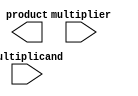
module dadda_multiplier(
  input [7:0] multiplicand,
  input [7:0] multiplier,
  output reg [15:0] product
);

// Partial Product Generation Block
reg [15:0] partial_products [7:0];
genvar i, j;
generate
for (i = 0; i < 8; i = i + 1) begin
  for (j = 0; j < 8; j = j + 1) begin
    assign partial_products[i+j] = multiplicand[i] & multiplier[j];
  end
end
endgenerate

// Partial Product Reduction Block (Dadda Tree Reduction)
reg [15:0] level1 [3:0];
reg [15:0] level2 [1:0];
reg [15:0] level3;
reg [15:0] level4;

// Level 1 reduction
assign level1[0][0] = partial_products[0] + partial_products[1];
assign level1[0][1] = partial_products[2] + partial_products[3];
assign level1[0][2] = partial_products[4] + partial_products[5];
assign level1[0][3] = partial_products[6] + partial_products[7];

// Level 2 reduction
assign level2[0] = level1[0][0] + level1[0][1];
assign level2[1] = level1[0][2] + level1[0][3];

// Level 3 reduction
assign level3 = level2[0] + level2[1];

// Level 4 reduction
assign level4 = level3 + partial_products[8] + partial_products[9] + partial_products[10] + partial_products[11] + partial_products[12] + partial_products[13] + partial_products[14] + partial_products[15];

// Final Addition Stage
always @* begin
  product = level4;
end

endmodule